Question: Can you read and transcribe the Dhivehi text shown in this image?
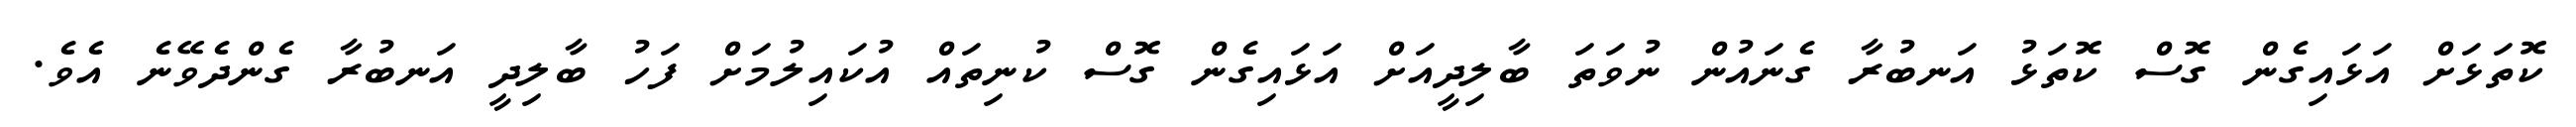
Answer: ކޮތަޅަށް އަޅައިގެން ގޮސް ކޮތަޅު އަނބުރާ ގެނައުން ނުވަތަ ބާލިދީއަށް އަޅައިގެން ގޮސް ކުނިތައް އުކައިލުމަށް ފަހު ބާލިދީ އަނބުރާ ގެންދެވޭނެ އެވެ.